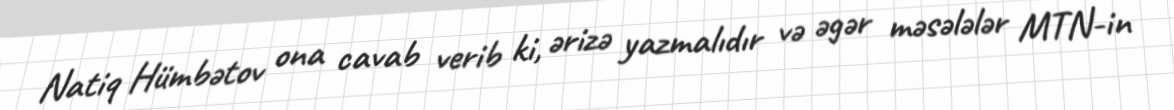
Natiq Hümbətov ona cavab verib ki, ərizə yazmalıdır və əgər məsələlər MTN-in